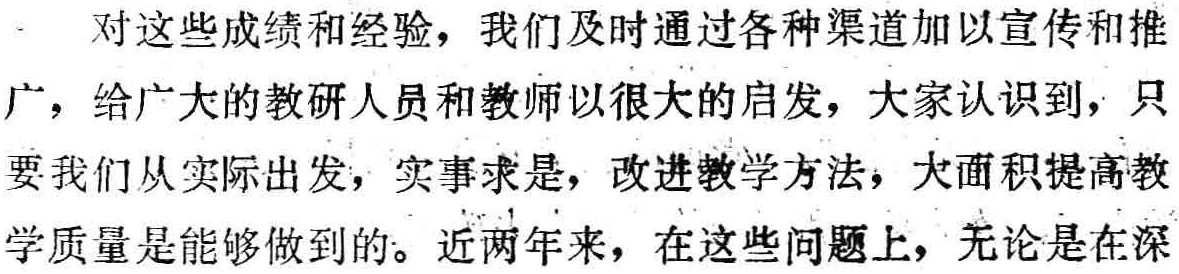
对这些成绩和经验，我们及时通过各种渠道加以宣传和推广，给广大的教研人员和教师以很大的启发，大家认识到，只要我们从实际出发，实事求是，改进教学方法，大面积提高教学质量是能够做到的。近两年来，在这些问题上，无论是在深